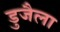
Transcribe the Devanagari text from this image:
डुजैला